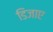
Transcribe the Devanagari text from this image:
डिजाए